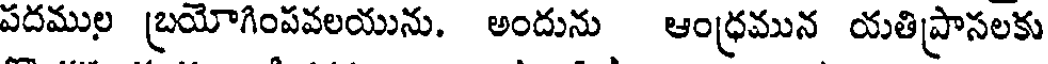
పదముల బ్రయోగింపవలయును. అందును ఆంధ్రమున యతిప్రాసలకు